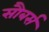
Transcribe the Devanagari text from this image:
सौबर्स